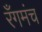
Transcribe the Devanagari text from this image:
रँगमंच